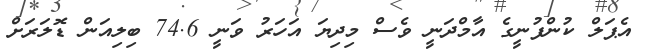
އެޕަލް ކުންފުނީގެ އާމްދަނީ ވެސް މިދިޔަ އަހަރު ވަނީ 74.6 ބިލިއަން ޑޮލަރަށް